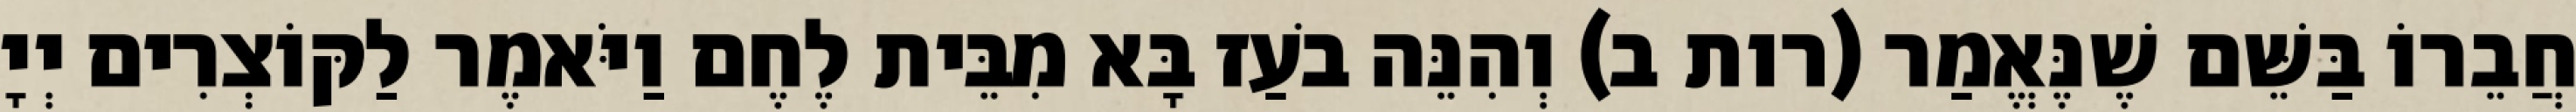
חֲבֵרוֹ בַּשֵּׁם שֶׁנֶּאֱמַר (רות ב) וְהִנֵּה בֹעַז בָּא מִבֵּית לֶחֶם וַיֹּאמֶר לַקּוֹצְרִים יְיָ